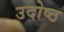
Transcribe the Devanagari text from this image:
उदोष्ठ